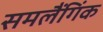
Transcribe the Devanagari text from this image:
समलैंगिंक